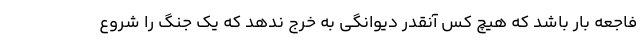
فاجعه بار باشد که هیچ کس آنقدر دیوانگی به خرج ندهد که یک جنگ را شروع